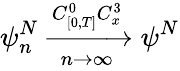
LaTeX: \psi_{n}^{N}\xrightarrow[n\rightarrow\infty]{C_{[0,T]}^{0}C_{x}^{3}}\psi^{N}